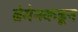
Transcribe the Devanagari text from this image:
ब्रेमेनकडून